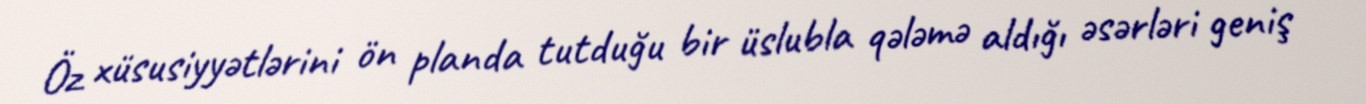
Öz xüsusiyyətlərini ön planda tutduğu bir üslubla qələmə aldığı əsərləri geniş